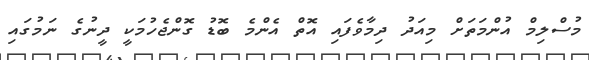
މުސްލިމް އުންމަތަށް މިއަދު ދިމާވެފައި އޮތް އެންމެ ބޮޑު ގޮންޖެހުމަކީ ދީނުގެ ނަމުގައި